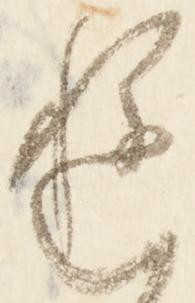
ゆ